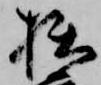
拙